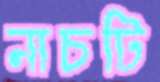
নাচটি